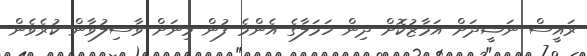
ރައީސް ނަޝީދަށް އަމާޒުކޮށް ދިން ހަމަލާގެ އެންމެ ފުން މިނަަށް ވާސިލުވާން ކުރެވެން